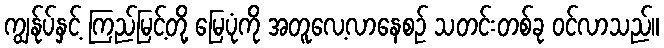
ကျွန်ုပ်နှင့် ကြည်မြင့်တို့ မြေပုံကို အတူလေ့လာနေစဉ် သတင်းတစ်ခု ဝင်လာသည်။